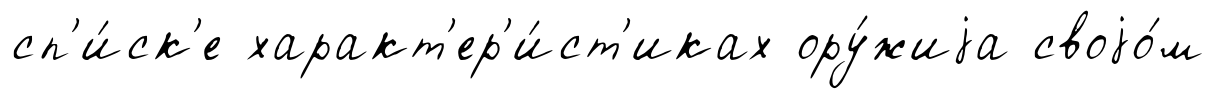
сп'и́ск'е характ'ер'и́ст'иках ору́жиjа своjо́м